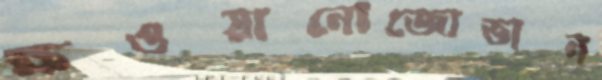
ক্ষওয়ানোজোভান